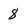
Character: 8